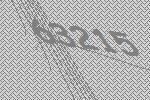
63215